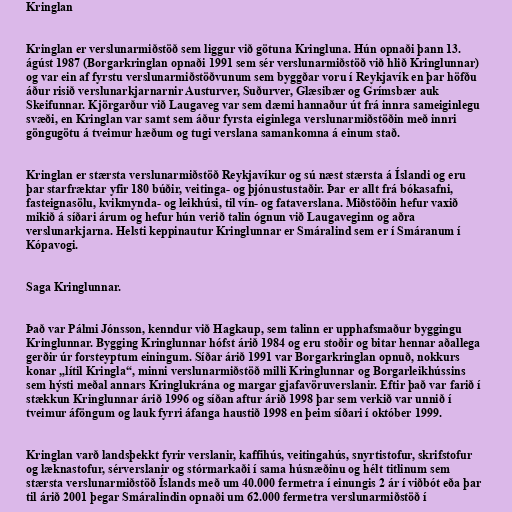
Kringlan

Kringlan er verslunarmiðstöð sem liggur við götuna Kringluna. Hún opnaði þann 13.
ágúst 1987 (Borgarkringlan opnaði 1991 sem sér verslunarmiðstöð við hlið Kringlunnar)
og var ein af fyrstu verslunarmiðstöðvunum sem byggðar voru í Reykjavík en þar höfðu
áður risið verslunarkjarnarnir Austurver, Suðurver, Glæsibær og Grímsbær auk
Skeifunnar. Kjörgarður við Laugaveg var sem dæmi hannaður út frá innra sameiginlegu
svæði, en Kringlan var samt sem áður fyrsta eiginlega verslunarmiðstöðin með innri
göngugötu á tveimur hæðum og tugi verslana samankomna á einum stað.

Kringlan er stærsta verslunarmiðstöð Reykjavíkur og sú næst stærsta á Íslandi og eru
þar starfræktar yfir 180 búðir, veitinga- og þjónustustaðir. Þar er allt frá bókasafni,
fasteignasölu, kvikmynda- og leikhúsi, til vín- og fataverslana. Miðstöðin hefur vaxið
mikið á síðari árum og hefur hún verið talin ógnun við Laugaveginn og aðra
verslunarkjarna. Helsti keppinautur Kringlunnar er Smáralind sem er í Smáranum í
Kópavogi.

Saga Kringlunnar.

Það var Pálmi Jónsson, kenndur við Hagkaup, sem talinn er upphafsmaður byggingu
Kringlunnar. Bygging Kringlunnar hófst árið 1984 og eru stoðir og bitar hennar aðallega
gerðir úr forsteyptum einingum. Síðar árið 1991 var Borgarkringlan opnuð, nokkurs
konar „lítil Kringla“, minni verslunarmiðstöð milli Kringlunnar og Borgarleikhússins
sem hýsti meðal annars Kringlukrána og margar gjafavöruverslanir. Eftir það var farið í
stækkun Kringlunnar árið 1996 og síðan aftur árið 1998 þar sem verkið var unnið í
tveimur áföngum og lauk fyrri áfanga haustið 1998 en þeim síðari í október 1999.

Kringlan varð landsþekkt fyrir verslanir, kaffihús, veitingahús, snyrtistofur, skrifstofur
og læknastofur, sérverslanir og stórmarkaði í sama húsnæðinu og hélt titlinum sem
stærsta verslunarmiðstöð Íslands með um 40.000 fermetra í einungis 2 ár í viðbót eða þar
til árið 2001 þegar Smáralindin opnaði um 62.000 fermetra verslunarmiðstöð í